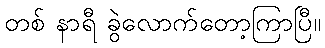
တစ် နာရီ ခွဲလောက်တော့ကြာပြီ။